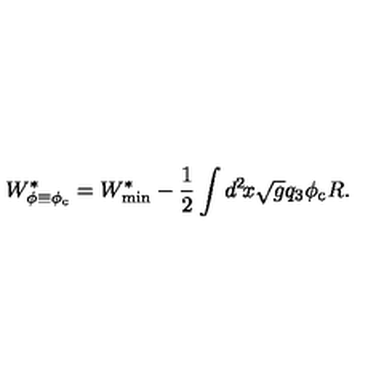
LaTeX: W _ { \phi \equiv \phi _ { \mathrm { c } } } ^ { * } = W _ { \mathrm { m i n } } ^ { * } - \frac { 1 } { 2 } \int d ^ { 2 } \! x \sqrt { g } q _ { 3 } \phi _ { \mathrm { c } } R .